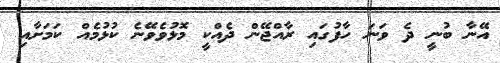
އޭނާ ބުނީ ދެ ވަނަ ހާފުގައި ރާއްޖޭން ދެއްކީ މޮޅުވެވޭނެ ކުޅުމެއް ކަމަށާއި